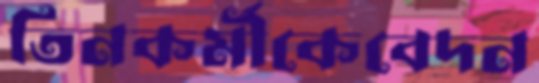
তিনকর্মীকেবেদন